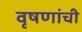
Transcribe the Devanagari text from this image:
वृषणांची